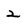
Character: 2